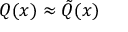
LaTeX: Q ( x ) \approx { \tilde { Q } } ( x )